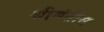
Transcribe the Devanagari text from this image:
श्रीमंतीस